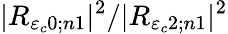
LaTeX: \vert{R}_{{\varepsilon}_{c}0;{n}1}\vert^{2}/\vert{R}_{{\varepsilon}_{c}2;{n}1}\vert^{2}